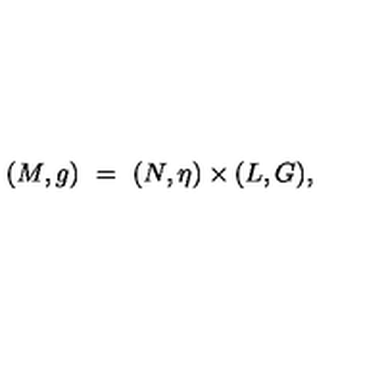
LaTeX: ( M , g ) \ = \ ( N , \eta ) \times ( L , G ) ,